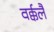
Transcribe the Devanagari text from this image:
वर्क्कलै